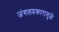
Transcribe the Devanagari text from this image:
जंगलप्रकारामुळे